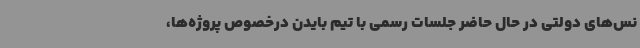
نس‌های دولتی در حال حاضر جلسات رسمی با تیم بایدن درخصوص پروژه‌ها،